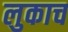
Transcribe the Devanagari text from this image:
लुकाच